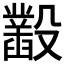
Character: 𣫞